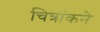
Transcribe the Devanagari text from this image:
चित्रांकने